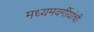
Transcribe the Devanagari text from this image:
मध्यमवर्गीयांची